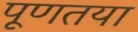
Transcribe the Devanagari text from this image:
पूणतया